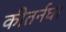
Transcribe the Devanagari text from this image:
कीतर्नघर